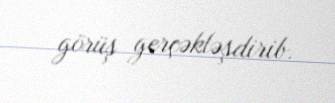
görüş gerçəkləşdirib.